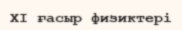
XI ғасыр физиктері